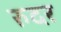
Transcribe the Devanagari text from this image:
रुदर